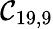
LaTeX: \mathcal{C}_{19,9}